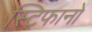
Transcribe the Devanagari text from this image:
स्टिफानों